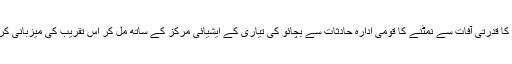
پاکستان کا قدرتی آفات سے نمٹنے کا قومی ادارہ حادثات سے بچائو کی تیاری کے ایشیائی مرکز کے ساتھ مل کر اس تقریب کی میزبانی کررہاہے۔